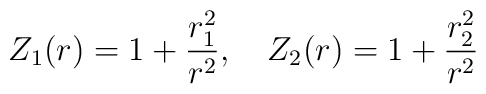
Z_1(r)=1+\frac{r_1^2}{r^2},~~~Z_2(r)=1+\frac{r_2^2}{r^2}